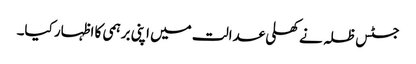
جسٹس ظلہ نے کھلی عدالت میں اپنی برہمی کا اظہار کیا۔